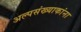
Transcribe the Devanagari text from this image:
अल्पसंख्याकांना